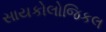
સાયકોલોજિકલ